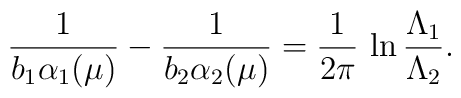
\frac{ 1 }{ b_1 \alpha_1 (\mu) }         -         \frac{ 1 }{ b_2 \alpha_2 (\mu) }         =        \frac{1}{ 2 \pi } \, \ln \frac{ \Lambda_1 }{ \Lambda_2 }.